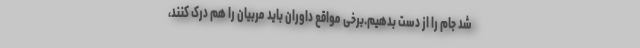
شد جام را از دست بدهیم.برخی مواقع داوران باید مربیان را هم درک کنند،